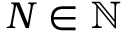
N \in \mathbb { N }